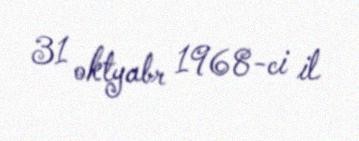
31 oktyabr 1968-ci il